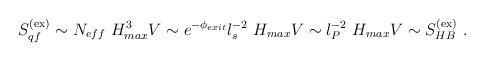
LaTeX: \begin{align*}S_{qf}^{({\rm ex})} \sim N_{eff} ~ H^3_{max} V \sim e^{-\phi_{exit}} l_s^{-2} ~ H_{max} V \sim l_P^{-2} ~ H_{max} V \sim S_{HB}^{({\rm ex})} ~. \end{align*}